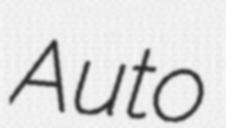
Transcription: Auto